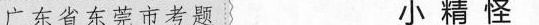
广东省东莞市考题 小精怪